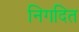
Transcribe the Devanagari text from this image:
निगदित